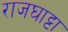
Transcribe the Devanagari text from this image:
राजघाट्टा